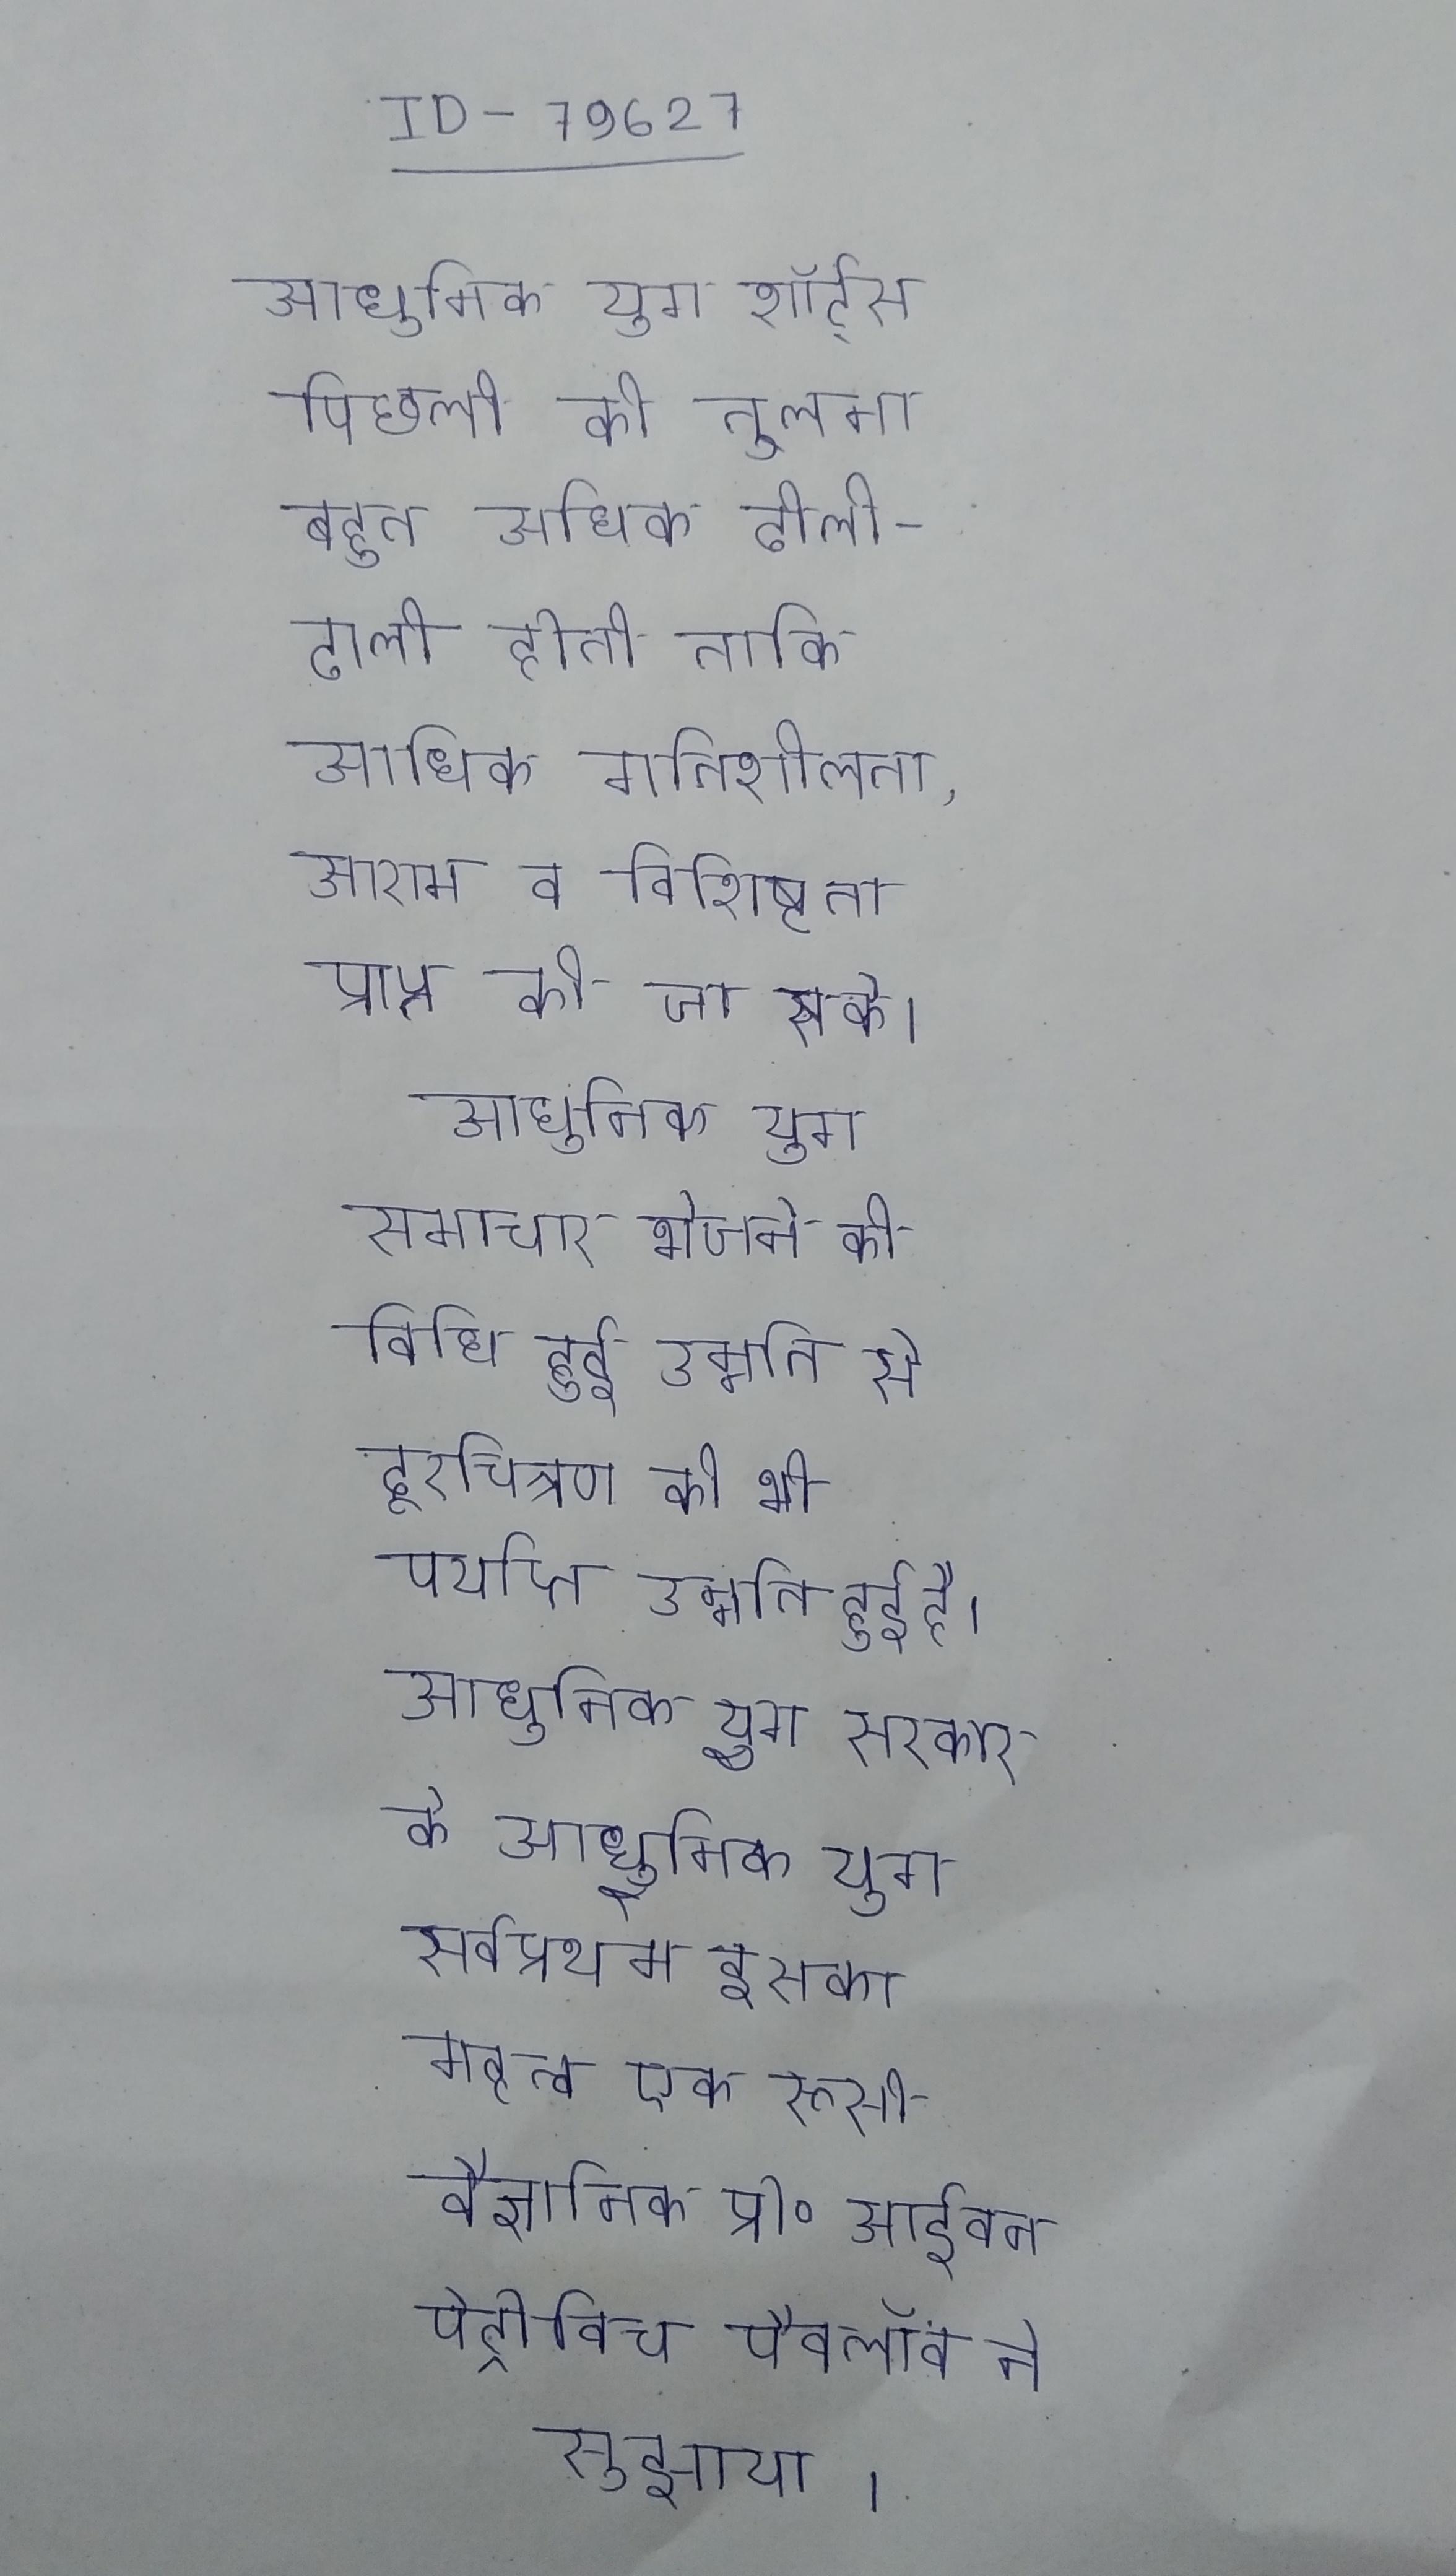
आधुनिक युग शॉर्ट्स पिछली की तु्लना बहुत अधिक ढीली-ढाली होती ताकि अधिक गतिशीलता, आराम व विशिष्टता प्राप्त की जा सके । आधुनिक युग समाचार भेजने की विधि हुई उन्नति से दूरचित्रण की भी पर्याप्त उन्नति हुई है । आधुनिक युग सरकार के आधुनिक युग सर्वप्रथम इसका महत्व एक रूसी वैज्ञानिक प्रो॰ आईवन पेट्रोविच पैवलॉव ने सुझाया ।